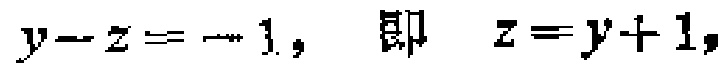
$y - z = - 1,\ \ 即\ \ z = y + 1,$